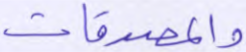
والمصدقات